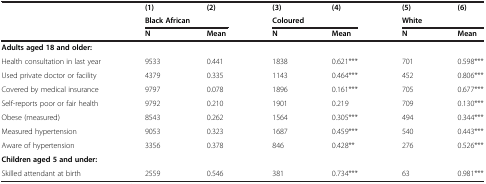
<table><thead><tr><td>[EMPTY_CELL]</td><td><b>(1)</b></td><td><b>(2)</b></td><td><b>(3)</b></td><td><b>(4)</b></td><td><b>(5)</b></td><td><b>(6)</b></td></tr><tr><td>[EMPTY_CELL]</td><td colspan="2"><b>Black African</b></td><td colspan="2"><b>Coloured</b></td><td colspan="2"><b>White</b></td></tr><tr><td>[EMPTY_CELL]</td><td><b>N</b></td><td><b>Mean</b></td><td><b>N</b></td><td><b>Mean</b></td><td><b>N</b></td><td><b>Mean</b></td></tr></thead><tbody><tr><td><b>Adults aged 18 and older:</b></td><td>[EMPTY_CELL]</td><td>[EMPTY_CELL]</td><td>[EMPTY_CELL]</td><td>[EMPTY_CELL]</td><td>[EMPTY_CELL]</td><td>[EMPTY_CELL]</td></tr><tr><td>Health consultation in last year</td><td>9533</td><td>0.441</td><td>1838</td><td>0.621***</td><td>701</td><td>0.598***</td></tr><tr><td>Used private doctor or facility</td><td>4379</td><td>0.335</td><td>1143</td><td>0.464***</td><td>452</td><td>0.806***</td></tr><tr><td>Covered by medical insurance</td><td>9797</td><td>0.078</td><td>1896</td><td>0.161***</td><td>705</td><td>0.677***</td></tr><tr><td>Self-reports poor or fair health</td><td>9792</td><td>0.210</td><td>1901</td><td>0.219</td><td>709</td><td>0.130***</td></tr><tr><td>Obese (measured)</td><td>8543</td><td>0.262</td><td>1564</td><td>0.305***</td><td>494</td><td>0.344***</td></tr><tr><td>Measured hypertension</td><td>9053</td><td>0.323</td><td>1687</td><td>0.459***</td><td>540</td><td>0.443***</td></tr><tr><td>Aware of hypertension</td><td>3356</td><td>0.378</td><td>846</td><td>0.428**</td><td>276</td><td>0.526***</td></tr><tr><td><b>Children aged 5 and under:</b></td><td>[EMPTY_CELL]</td><td>[EMPTY_CELL]</td><td>[EMPTY_CELL]</td><td>[EMPTY_CELL]</td><td>[EMPTY_CELL]</td><td>[EMPTY_CELL]</td></tr><tr><td>Skilled attendant at birth</td><td>2559</td><td>0.546</td><td>381</td><td>0.734***</td><td>63</td><td>0.981***</td></tr></tbody></table>